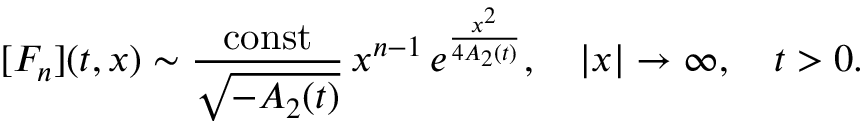
[ F _ { n } ] ( t , x ) \sim \frac { \mathrm { c o n s t } } { \sqrt { - A _ { 2 } ( t ) } } \, x ^ { n - 1 } \, e ^ { \frac { x ^ { 2 } } { 4 A _ { 2 } ( t ) } } , \quad | x | \to \infty , \quad t > 0 .